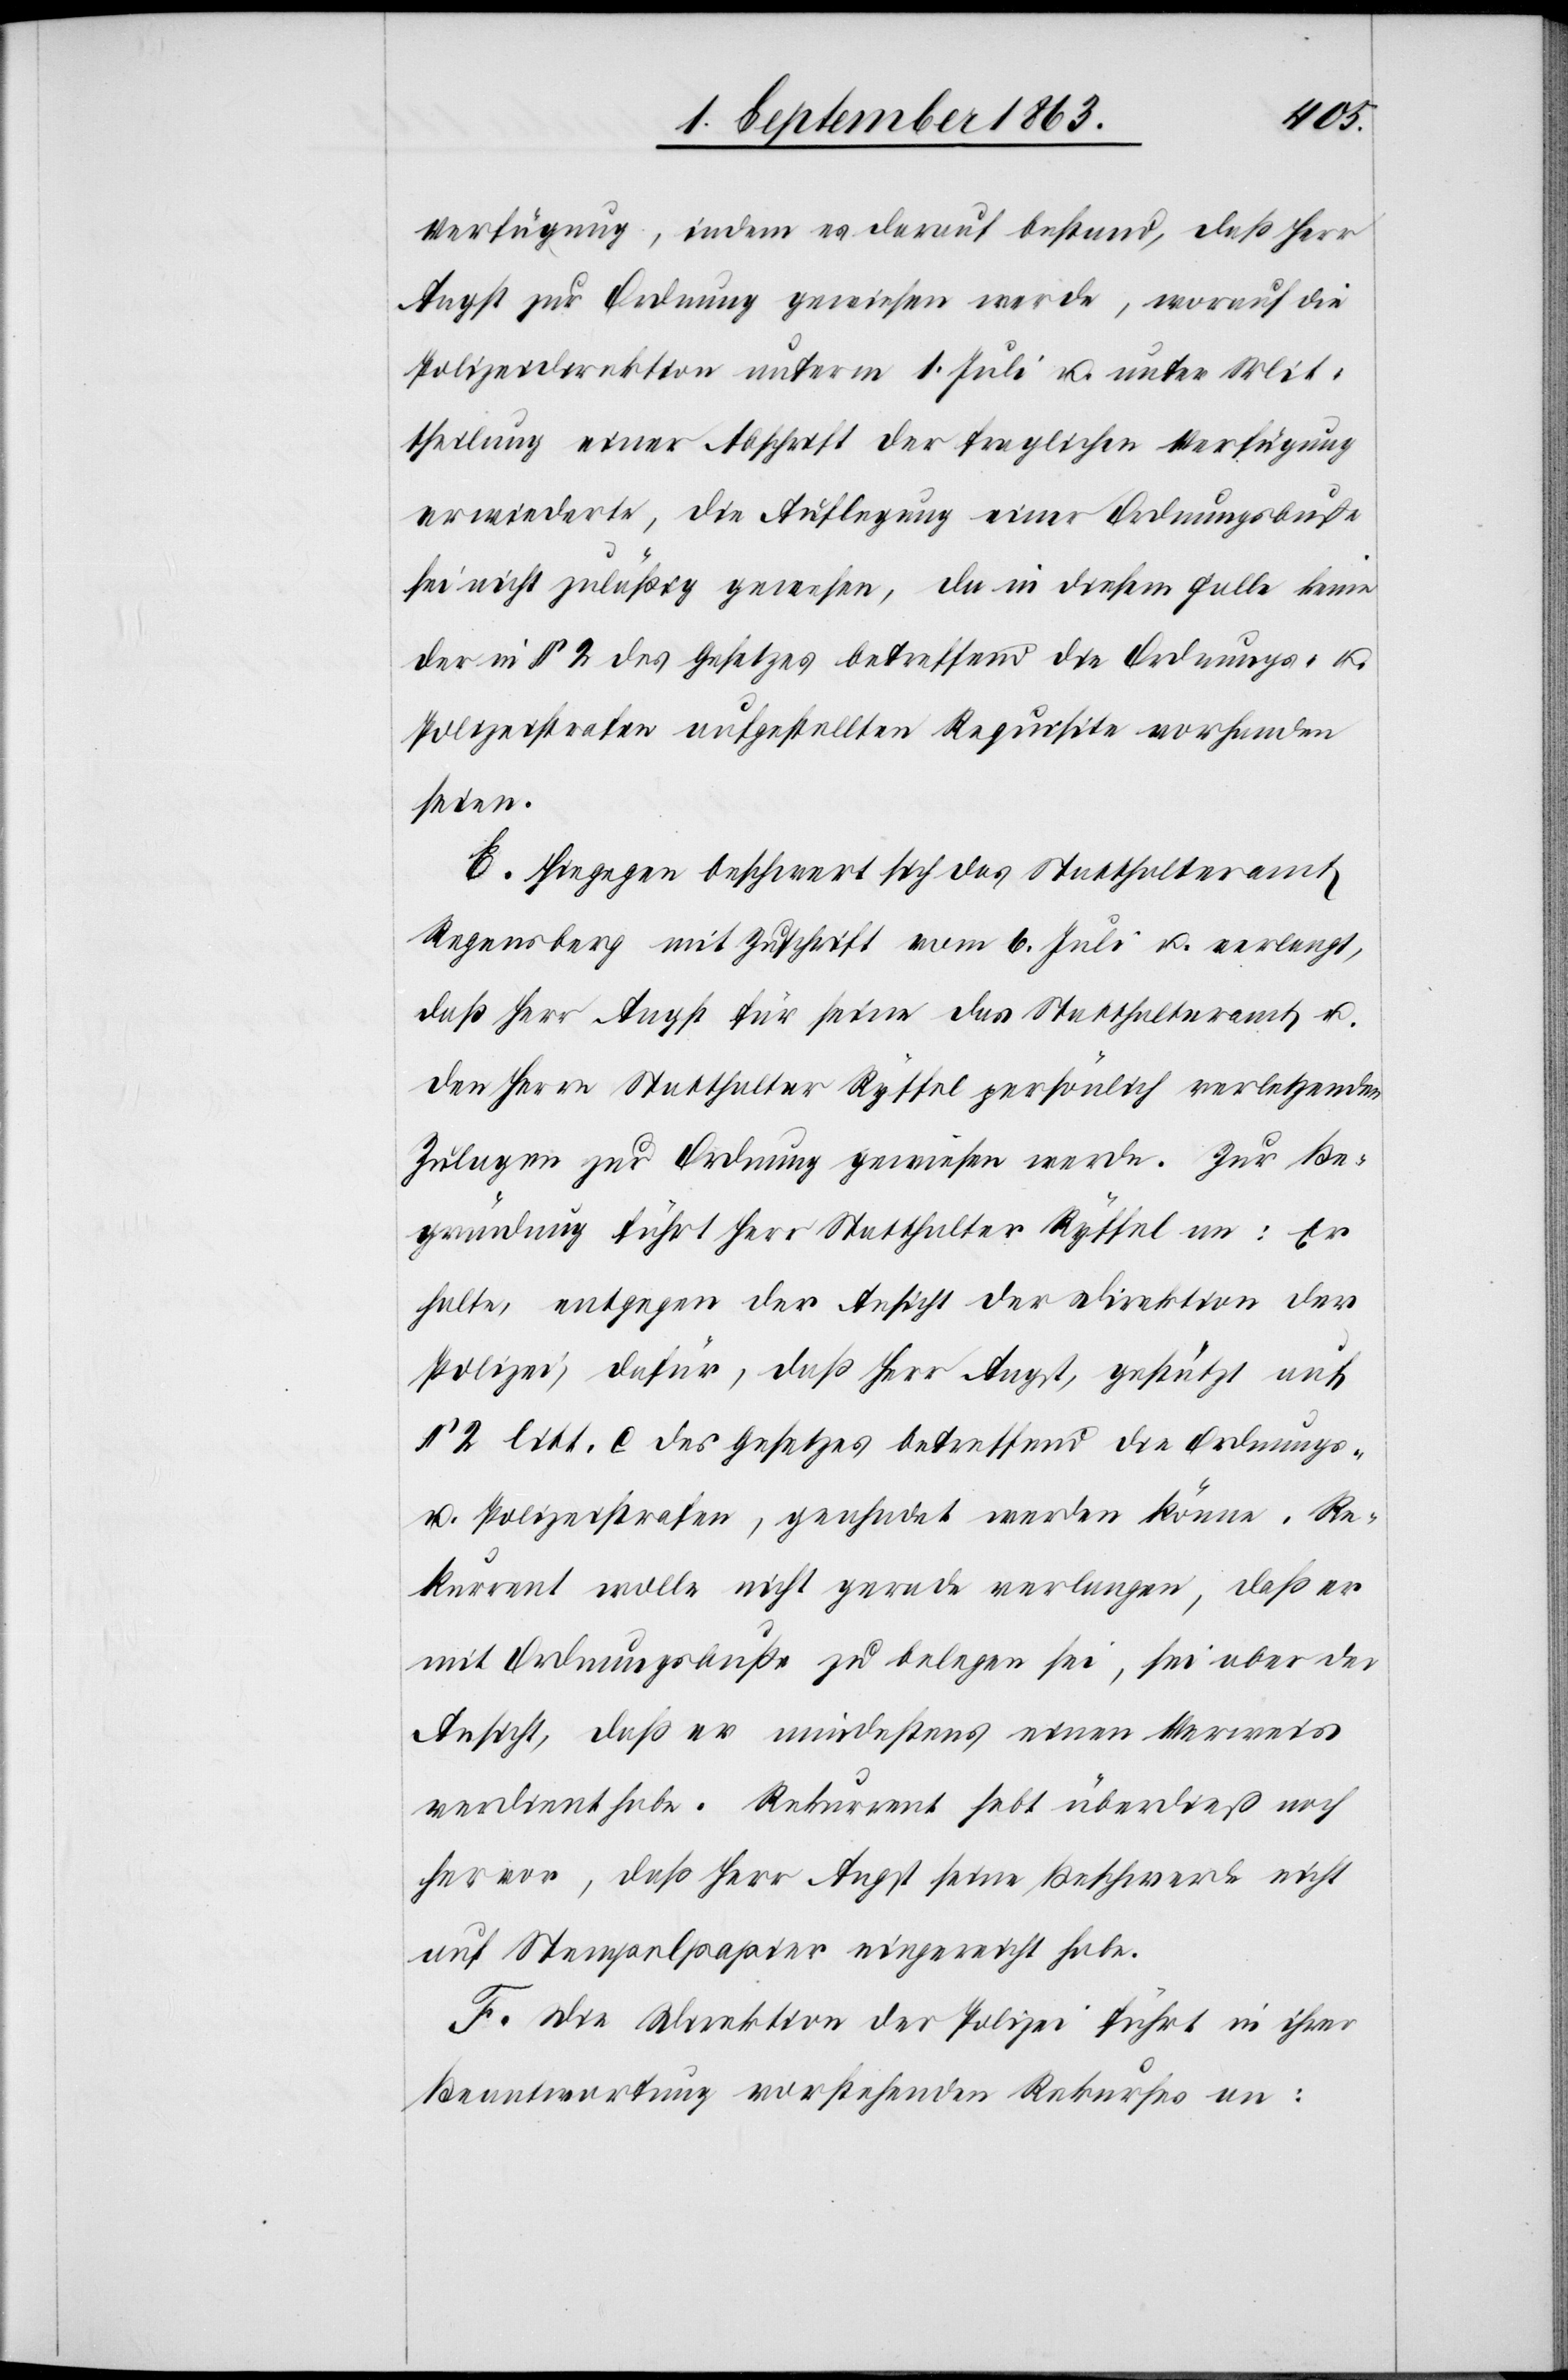
Verfügung, indem es darauf bestand, daß Herr
Angst zur Ordnung gewiesen werde, worauf die
Polizeidirektion unterm 1. Juli u. unter Mit¬
theilung einer Abschrift der fraglichen Verfügung
erwiederte, die Auflegung einer Ordnungsbuße
sei nicht zuläßig gewesen, da in diesem Falle keine
der in § 2 des Gesetzes betreffend die Ordnungs- u.
Polizeistrafen aufgestellten Requisite vorhanden
seien.
E. Hiegegen beschwert sich das Statthalteramt
Regensberg mit Zuschrift vom 6. Juli u. verlangt,
daß Herr Angst für seine das Statthalteramt u.
den Herrn Statthalter Ryffel persönlich verletzenden
Zulagen zur Ordnung gewiesen werde. Zur Be¬
gründung führt Herr Statthalter Ryffel an: Er
halte, entgegen der Ansicht der Direktion der
Polizei, dafür, daß Herr Angst, gestützt auf
§ 2 litt. c des Gesetzes betreffend die Ordnungs-
u. Polizeistrafen, geahndet werden könne. Re¬
kurrent wolle nicht gerade verlangen, daß er
mit Ordnungsbuße zu belegen sei, sei aber der
Ansicht, daß er mindestens einen Verweis
verdient habe. Rekurrent hebt überdieß noch
hervor, daß Herr Angst seine Beschwerde nicht
auf Stempelpapier eingereicht habe.
F. Die Direktion der Polizei führt in ihrer
Beantwortung vorstehenden Rekurses an: